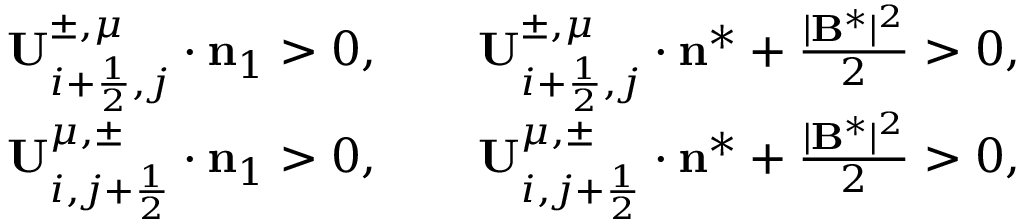
\begin{array} { r } { \mathbf { U } _ { i + \frac { 1 } { 2 } , j } ^ { \pm , \mu } \cdot { \bf n } _ { 1 } > 0 , \qquad \mathbf { U } _ { i + \frac { 1 } { 2 } , j } ^ { \pm , \mu } \cdot \mathbf { n } ^ { * } + \frac { | \mathbf { B } ^ { * } | ^ { 2 } } { 2 } > 0 , } \\ { \mathbf { U } _ { i , j + \frac { 1 } { 2 } } ^ { \mu , \pm } \cdot { \bf n } _ { 1 } > 0 , \qquad \mathbf { U } _ { i , j + \frac { 1 } { 2 } } ^ { \mu , \pm } \cdot \mathbf { n } ^ { * } + \frac { | \mathbf { B } ^ { * } | ^ { 2 } } { 2 } > 0 , } \end{array}